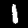
Label: 1